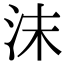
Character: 沫